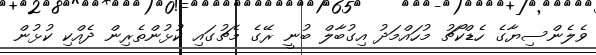
ވެލެންސިޔާގެ ހެޑްކޯޗު މުހައްމަދު އިގުބާލް ބުނީ ރޭގެ މެޗުގައި ކުޅުންތެރިން ދެއްކި ކުޅުން